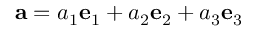
{ \mathbf { a } } = a _ { 1 } { \mathbf { e } } _ { 1 } + a _ { 2 } { \mathbf { e } } _ { 2 } + a _ { 3 } { \mathbf { e } } _ { 3 }